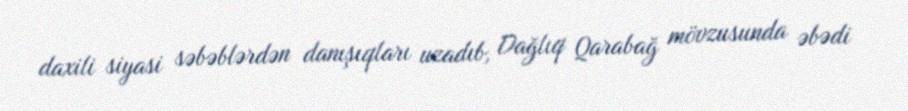
daxili siyasi səbəblərdən danışıqları uzadıb, Dağlıq Qarabağ mövzusunda əbədi